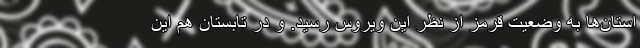
استان‌ها به وضعیت قرمز از نظر این ویروس رسید. و در تابستان هم این